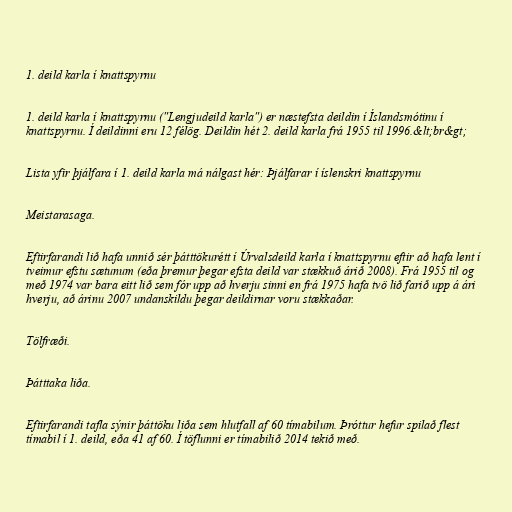
1. deild karla í knattspyrnu

1. deild karla í knattspyrnu ("Lengjudeild karla") er næstefsta deildin í Íslandsmótinu í
knattspyrnu. Í deildinni eru 12 félög. Deildin hét 2. deild karla frá 1955 til 1996.&lt;br&gt;

Lista yfir þjálfara í 1. deild karla má nálgast hér: Þjálfarar í íslenskri knattspyrnu

Meistarasaga.

Eftirfarandi lið hafa unnið sér þátttökurétt í Úrvalsdeild karla í knattspyrnu eftir að hafa lent í
tveimur efstu sætunum (eða þremur þegar efsta deild var stækkuð árið 2008). Frá 1955 til og
með 1974 var bara eitt lið sem fór upp að hverju sinni en frá 1975 hafa tvö lið farið upp á ári
hverju, að árinu 2007 undanskildu þegar deildirnar voru stækkaðar.

Tölfræði.

Þátttaka liða.

Eftirfarandi tafla sýnir þáttöku liða sem hlutfall af 60 tímabilum. Þróttur hefur spilað flest
tímabil í 1. deild, eða 41 af 60. Í töflunni er tímabilið 2014 tekið með.